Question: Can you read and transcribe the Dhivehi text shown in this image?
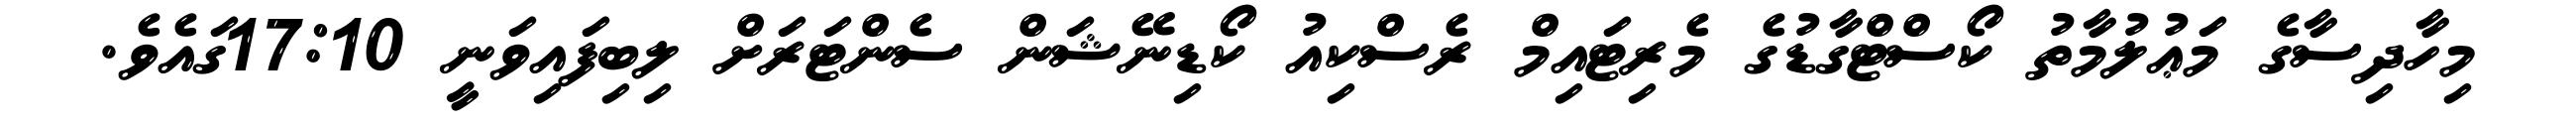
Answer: މިހާދިސާގެ މަޢުލުމާތު ކޯސްޓްގާޑުގެ މެރިޓައިމް ރެސްކިއު ކޯޑިނޭޝަން ސެންޓަރަށް ލިބިފައިވަނީ 17:10ގައެވެ.